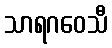
သာရဂဝေသီ